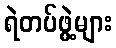
ရဲတပ်ဖွဲ့များ